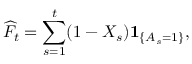
\widehat { F } _ { t } = \sum _ { s = 1 } ^ { t } ( 1 - X _ { s } ) \mathbf { 1 } _ { \{ A _ { s } = 1 \} } ,